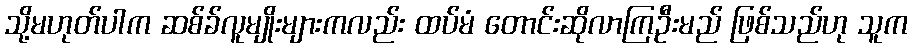
သို့မဟုတ်ပါက ဆစ်ခ်လူမျိုးများကလည်း ထပ်မံ တောင်းဆိုလာကြဦးမည် ဖြစ်သည်ဟု သူက